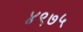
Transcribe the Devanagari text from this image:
४९७५